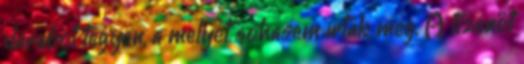
darabot tegyen, a melyet sohasem irtak meg. A tizenöt